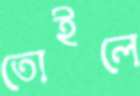
তোইলে